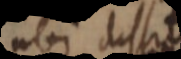
ubi dissita